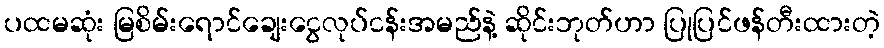
ပထမဆုံး မြစိမ်းရောင်ချေးငွေလုပ်ငန်းအမည်နဲ့ ဆိုင်းဘုတ်ဟာ ပြုပြင်ဖန်တီးထားတဲ့